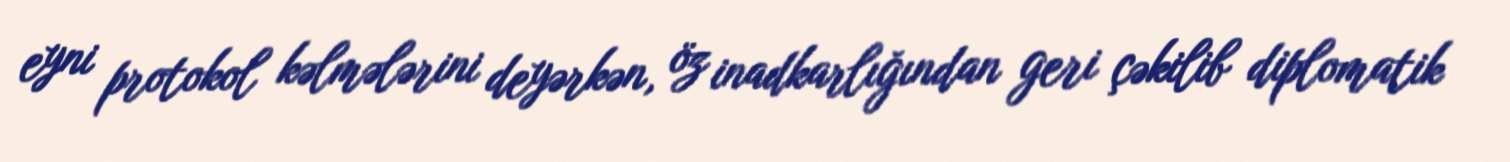
eyni protokol kəlmələrini deyərkən, öz inadkarlığından geri çəkilib diplomatik